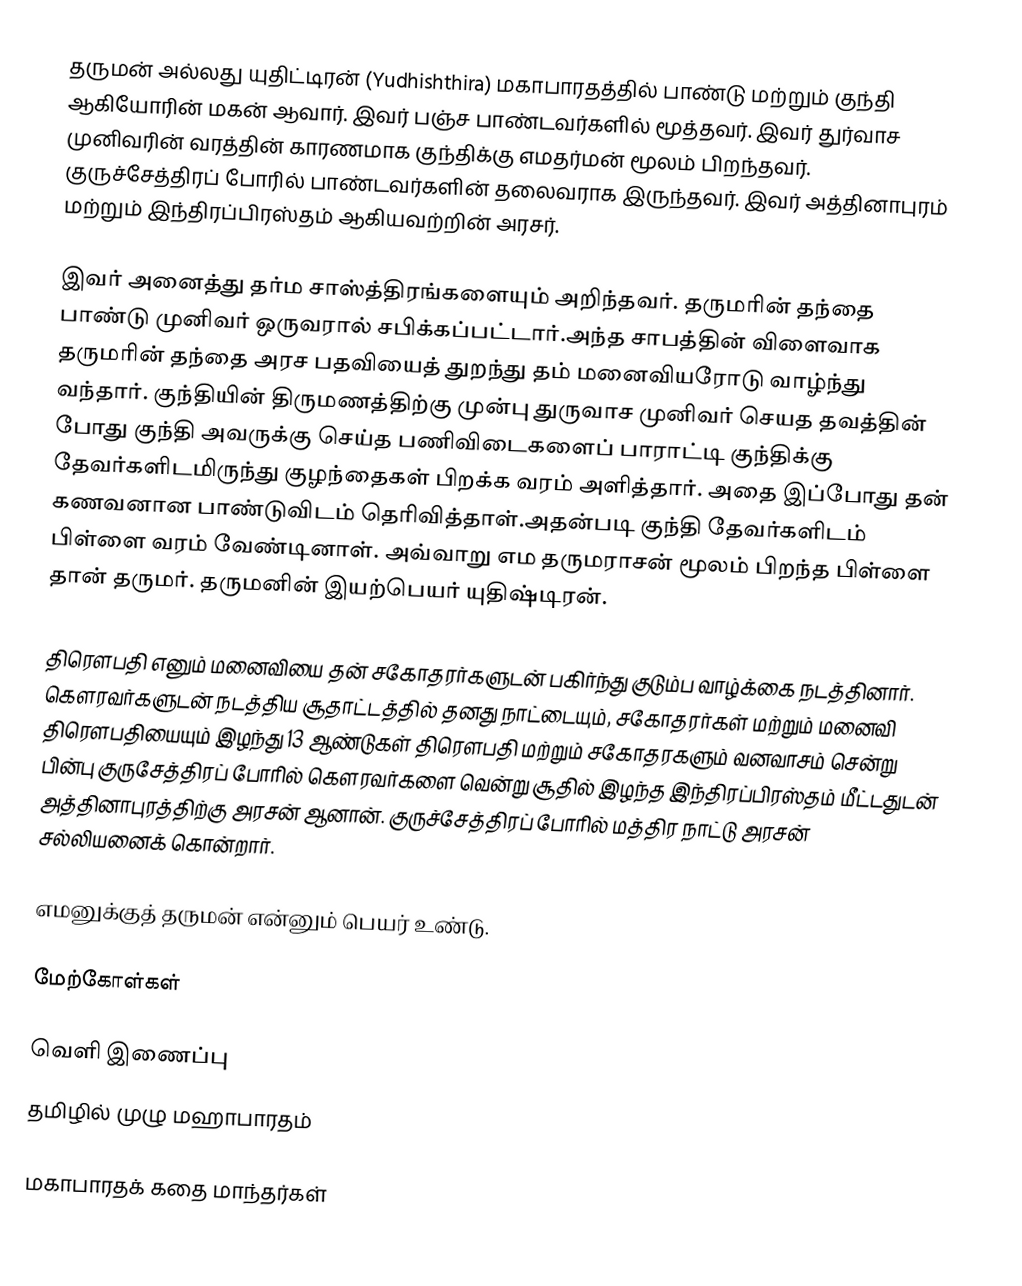
தருமன் அல்லது யுதிட்டிரன் (Yudhishthira) மகாபாரதத்தில் பாண்டு மற்றும் குந்தி ஆகியோரின் மகன் ஆவார். இவர் பஞ்ச பாண்டவர்களில் மூத்தவர். இவர் துர்வாச முனிவரின் வரத்தின் காரணமாக குந்திக்கு எமதர்மன் மூலம் பிறந்தவர். குருச்சேத்திரப் போரில் பாண்டவர்களின் தலைவராக இருந்தவர். இவர் அத்தினாபுரம் மற்றும் இந்திரப்பிரஸ்தம் ஆகியவற்றின் அரசர்.

இவர் அனைத்து தர்ம சாஸ்த்திரங்களையும் அறிந்தவர். தருமரின் தந்தை பாண்டு முனிவர் ஒருவரால் சபிக்கப்பட்டார்.அந்த சாபத்தின் விளைவாக தருமரின் தந்தை அரச பதவியைத் துறந்து தம் மனைவியரோடு வாழ்ந்து வந்தார். குந்தியின் திருமணத்திற்கு முன்பு துருவாச முனிவர் செயத தவத்தின் போது குந்தி அவருக்கு செய்த பணிவிடைகளைப் பாராட்டி குந்திக்கு  தேவர்களிடமிருந்து குழந்தைகள் பிறக்க வரம் அளித்தார். அதை இப்போது தன் கணவனான பாண்டுவிடம் தெரிவித்தாள்.அதன்படி குந்தி தேவர்களிடம் பிள்ளை வரம் வேண்டினாள். அவ்வாறு எம தருமராசன் மூலம் பிறந்த பிள்ளை தான் தருமர். தருமனின் இயற்பெயர் யுதிஷ்டிரன்.

திரெளபதி எனும் மனைவியை தன் சகோதரர்களுடன் பகிர்ந்து குடும்ப வாழ்க்கை நடத்தினார். கௌரவர்களுடன் நடத்திய சூதாட்டத்தில் தனது நாட்டையும், சகோதரர்கள் மற்றும் மனைவி திரௌபதியையும் இழந்து 13 ஆண்டுகள் திரௌபதி மற்றும் சகோதரகளும் வனவாசம் சென்று பின்பு குருசேத்திரப் போரில் கௌரவர்களை வென்று சூதில் இழந்த இந்திரப்பிரஸ்தம் மீட்டதுடன் அத்தினாபுரத்திற்கு அரசன் ஆனான். குருச்சேத்திரப் போரில் மத்திர நாட்டு அரசன் சல்லியனைக் கொன்றார்.

எமனுக்குத் தருமன் என்னும் பெயர் உண்டு.

மேற்கோள்கள்

வெளி இணைப்பு
 தமிழில் முழு மஹாபாரதம்

மகாபாரதக் கதை மாந்தர்கள்